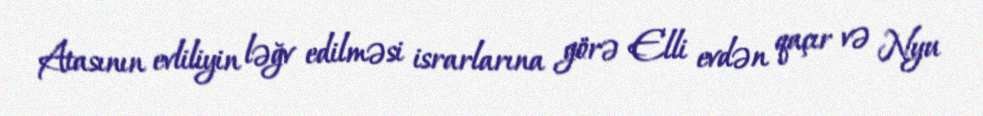
Atasının evliliyin ləğv edilməsi israrlarına görə Elli evdən qaçır və Nyu